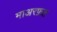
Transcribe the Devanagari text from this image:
माअरफ़त